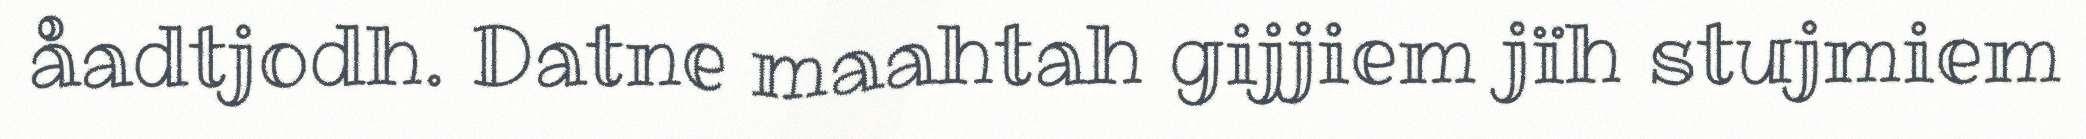
åadtjodh. Datne maahtah gijjiem jïh stujmiem